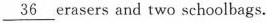
\underline{36} erasers and two schoolbags.